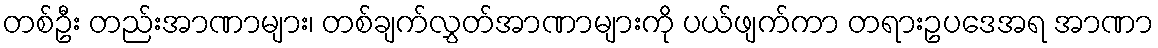
တစ်ဦး တည်းအာဏာများ၊ တစ်ချက်လွှတ်အာဏာများကို ပယ်ဖျက်ကာ တရားဥပဒေအရ အာဏာ